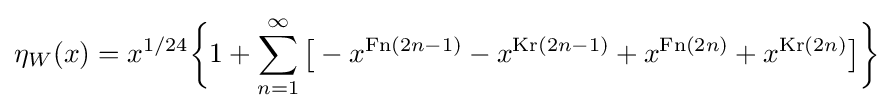
\eta _{W}(x)=x^{1/24}{\biggl \{}1+\sum _{n=1}^{\infty }{\bigl [}-x^{{\text{Fn}}(2n-1)}-x^{{\text{Kr}}(2n-1)}+x^{{\text{Fn}}(2n)}+x^{{\text{Kr}}(2n)}{\bigr ]}{\biggr \}}